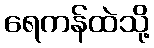
ရေကန်ထဲသို့